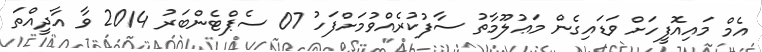
އެމް މައިއޮފީހަށް ވަޑައިގެން މަޢުލޫމާތު ސާފުކުރެއްވުމަށްފަހު 07 ސެޕްޓެންބަރު 2014 ވާ އާދީއްތަ